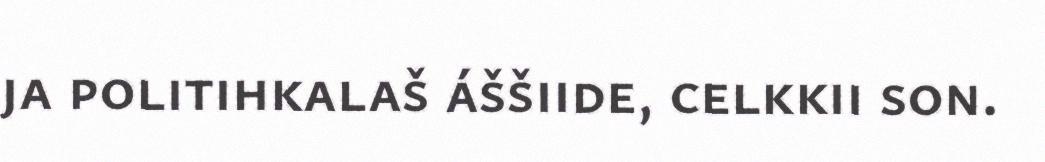
ja politihkalaš áššiide, celkkii son.